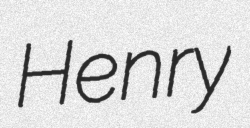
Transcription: Henry